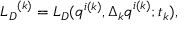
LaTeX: { { L } _ { D } } ^ { ( k ) } = { L } _ { D } ( q ^ { i ( k ) } , { \Delta _ { k } q } ^ { i ( k ) } ; t _ { k } ) ,